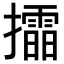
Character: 𢸲